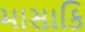
માસાકિ